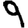
Digit: 9